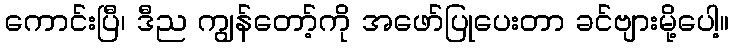
ကောင်းပြီ၊ ဒီည ကျွန်တော့်ကို အဖော်ပြုပေးတာ ခင်ဗျားမို့ပေါ့။